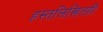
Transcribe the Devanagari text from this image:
हस्तलिखितही